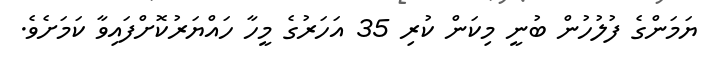
ޔަމަންގެ ފުލުހުން ބުނީ މިކަން ކުރި 35 އަހަރުގެ މީހާ ހައްޔަރުކޮށްފައިވާ ކަމަށެވެ.